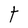
Character: a